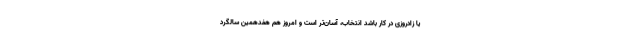
یا زادروزی در کار باشد انتخاب، آسان‌تر است و امروز هم هفدهمین سالگرد